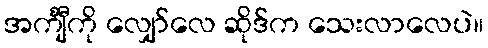
အင်္ကျီကို လျှော်လေ ဆိုဒ်က သေးလာလေပဲ။